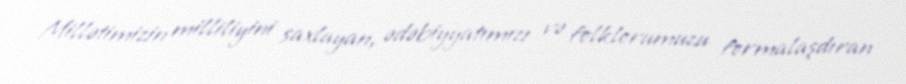
Millətimizin milliliyini saxlayan, ədəbiyyatımızı və folklorumuzu formalaşdıran